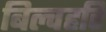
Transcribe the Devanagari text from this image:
बिल्वहरि